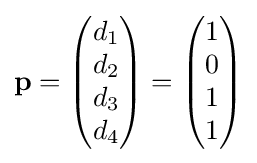
\mathbf {p} ={\begin{pmatrix}d_{1}\\d_{2}\\d_{3}\\d_{4}\\\end{pmatrix}}={\begin{pmatrix}1\\0\\1\\1\end{pmatrix}}